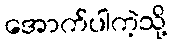
အောက်ပါကဲ့သို့